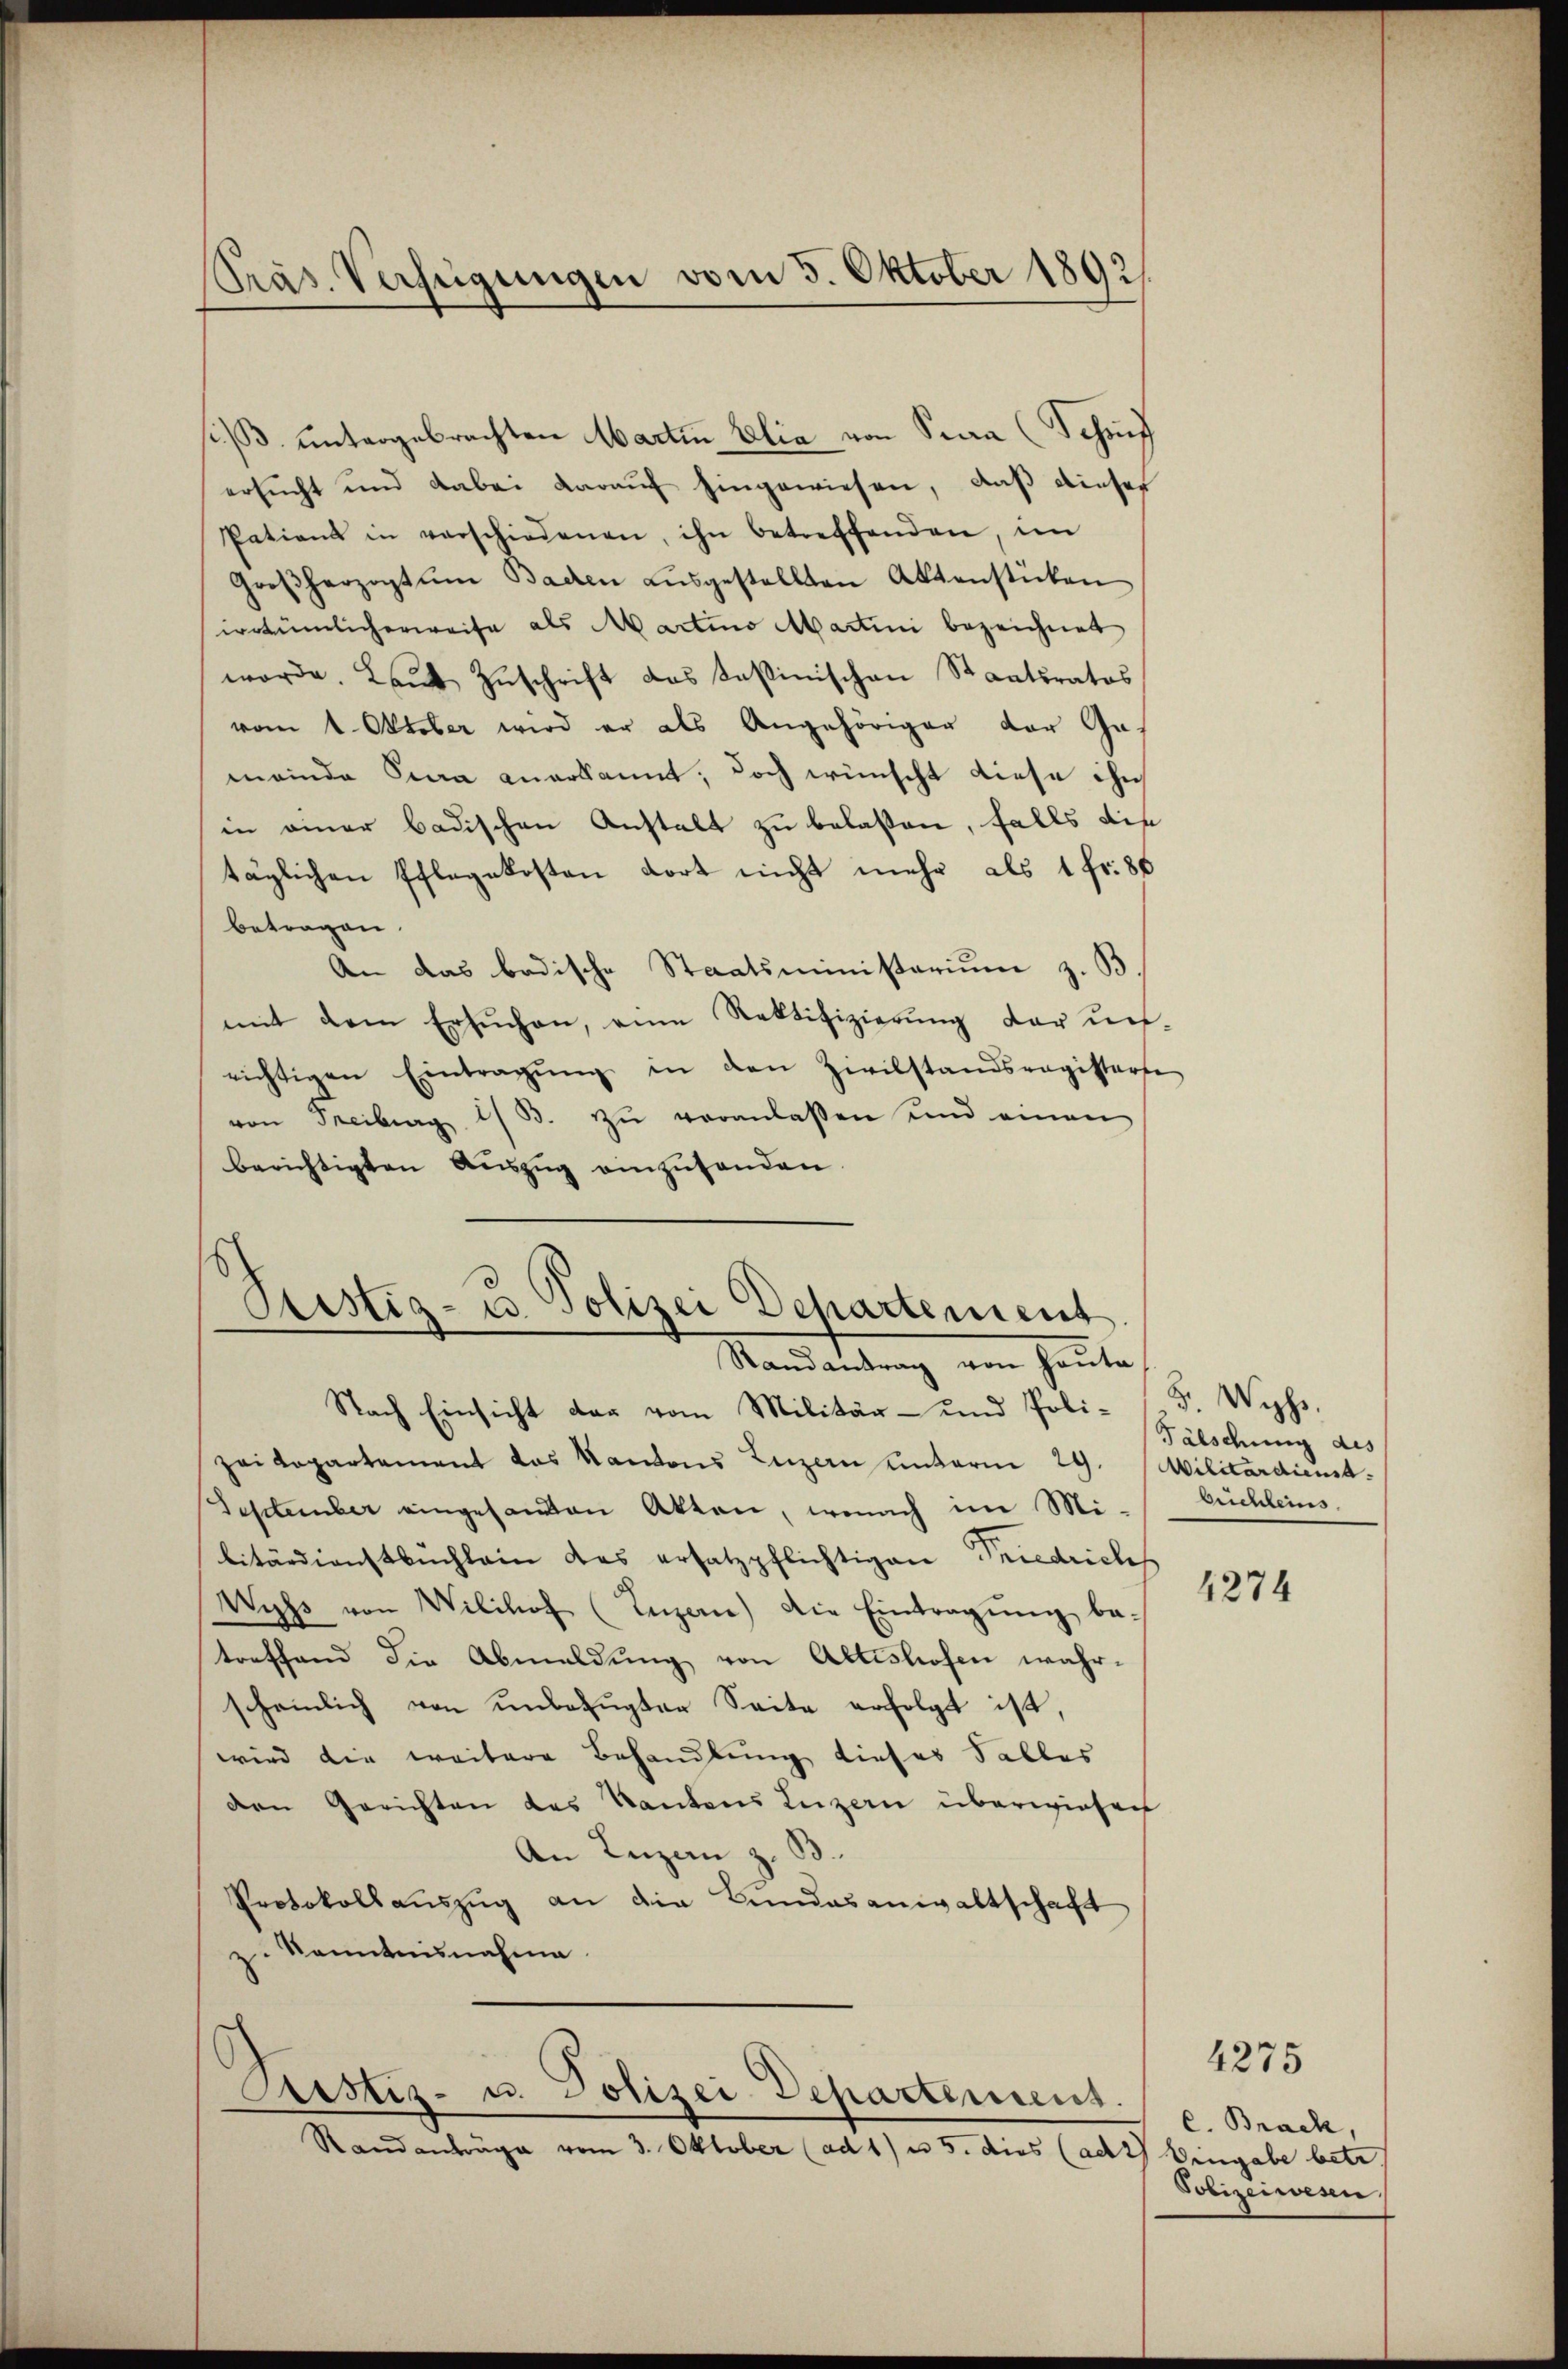
Präs. Verfügungen vom 5. Oktober 1892/

si. B. untergebrachten Martin Elia von Sina (Schif
ersucht und dabei darauf hingewiesen, daß dieser
Patiens in verschiedenen, ihn betreffenden, im
Großherzogtum Baden aŭsgestellten Aktenstücken
irrtümlicherweise als Martino Martini bezeichnet
worde. Laŭt Zŭschrift das Kasinischen Staatsratos
vom 1. Oktober wird er als Angehöriger der Ga-
meinde Jura anerkannt; doch wünscht diese ihn
in einer badischen Anstalt zu belaßen, falls die
täglichen Pflegekosten dort nicht mehr als 1 fr. 86
betragen.
An das badische Staatsministerium z. B.
mit dem Ersuchen, eine Rektifizierung der unrichtigen Eintragŭng in den Zivilstandsregisterse
von Freiburg 1/3. zŭ veranlassen und einen
berichtigten Aŭszŭg einzŭsenden.

Ptistig- u. Polizei Departement
Randantrag von Hauta,
Nach Einsicht dar vom Militär- und Poli-

Zaikopartement das Kantons Luzern unterm 29. Militärdienst
September eingesandten Akten, wonach im Mi-
litärdienstbuchlein das ersatzpflichtigen Friedriches
Wyss von Wilikat (Inzan) die Eintragŭng be-
treffend die Abmeldung von Altishofen wahrscheinlich von unbefugter Seite erfolgt ist,
wird die weitere Behandlung dieser Falles
den Gerichten des Kantons Luzern überwiesen
An Inzan z. B.
Protokoll auszug an die Bundesanwaltschaft
z. Kenntnisnahme
Astiz- u. Polizei Departement.
Standanträge vom 3. Oktober (ad 1) u 5. dies (ach 2) Eingabe betr

F. Wyss.
Fälschung des
büchleins

4274

4275

C. Brach,
Polizeiwesen.